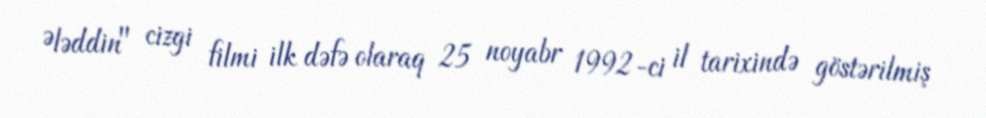
Ələddin" cizgi filmi ilk dəfə olaraq 25 noyabr 1992-ci il tarixində göstərilmiş